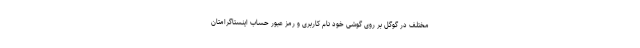
مختلف در گوگل بر روی گوشی خود نام کاربری و رمز عبور حساب اینستاگرامتان